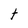
Character: t